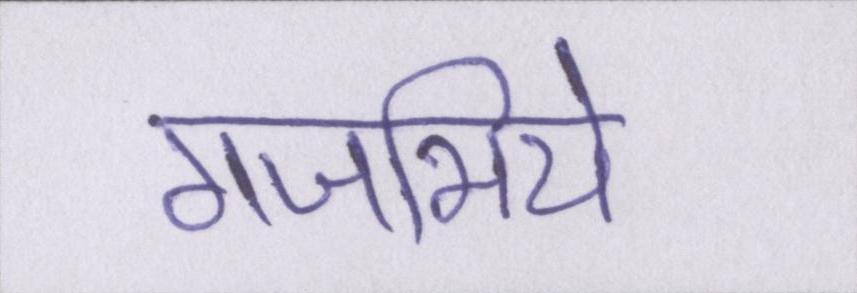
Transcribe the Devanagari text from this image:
गजभिये